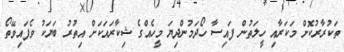
ތަކުރާރުކޮށް މަކަރާއި ހީލަތުން ފައިސާ ހޯދަމުންދިޔަ މީހެއްގެ ޝިކާރައަކަށް އިތުރު ބަޔަކު ވެފައިވޭތޯ